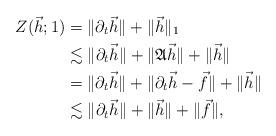
LaTeX: \begin{align*}Z(\vec{h};1)&=\|\partial_t\vec{h}\|+\|\vec{h}\|_1 \\&\lesssim \|\partial_t\vec{h}\|+\|\mathfrak{A}\vec{h}\|+\|\vec{h}\|\\&=\|\partial_t\vec{h}\|+\|\partial_t\vec{h}-\vec{f}\|+\|\vec{h}\| \\&\lesssim \|\partial_t\vec{h}\|+\|\vec{h}\|+\|\vec{f}\|,\end{align*}